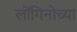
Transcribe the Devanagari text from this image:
लोंगिनोच्या